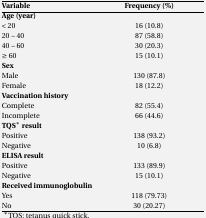
| Variable | Frequency (%) |
 | --- | --- |
 | Age (year) |  |
 | < 20 | 16 (10.8) |
 | 20 – 40 | 87 (58.8) |
 | 40 – 60 | 30 (20.3) |
 | ≥ 60 | 15 (10.1) |
 | Sex |  |
 | Male | 130 (87.8) |
 | Female | 18 (12.2) |
 | Vaccination history |  |
 | Complete | 82 (55.4) |
 | Incomplete | 66 (44.6) |
 | TQS* result |  |
 | Positive | 138 (93.2) |
 | Negative | 10 (6.8) |
 | ELISA result |  |
 | Positive | 133 (89.9) |
 | Negative | 15 (10.1) |
 | Received immunoglobulin |  |
 | Yes | 118 (79.73) |
 | No | 30 (20.27) |